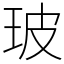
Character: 玻